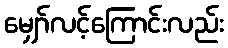
မျှော်လင့်ကြောင်းလည်း